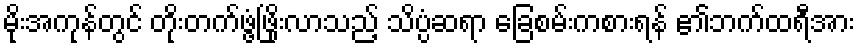
မိုးအကုန်တွင် တိုးတက်ဖွံ့ဖြိုးလာသည့် သိပ္ပံဆရာ ခြေစမ်းကစားရန် ၏ဘက်ထရီအား